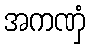
အကဏှံ